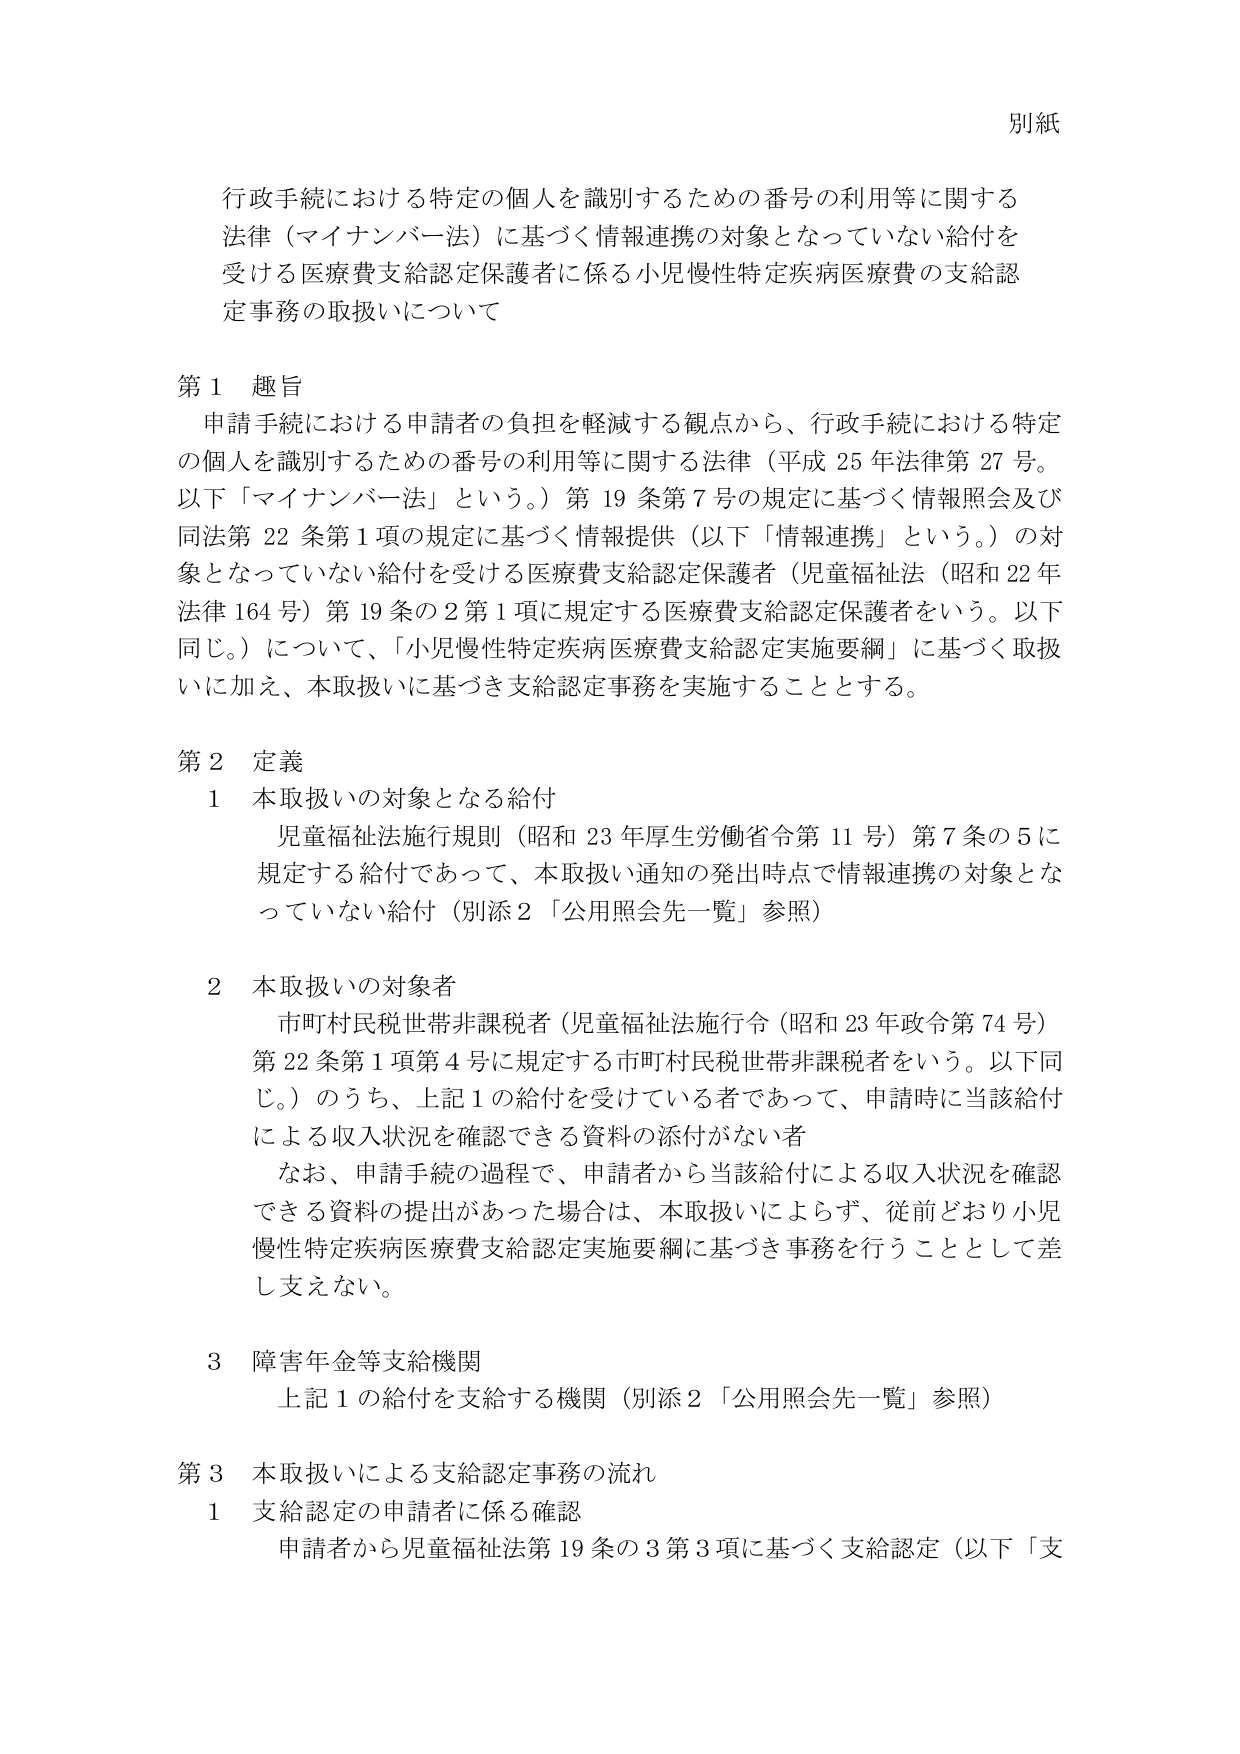
別紙

行政手続における特定の個人を識別するための番号の利用等に関する法律（マイナンバー法）に基づく情報連携の対象となっていない給付を受ける医療費支給認定保護者に係る小児慢性特定疾病医療費の支給認定事務の取扱いについて

第１ 趣旨
申請手続における申請者の負担を軽減する観点から、行政手続における特定の個人を識別するための番号の利用等に関する法律（平成25年法律第27号。以下「マイナンバー法」という。）第19条第7号の規定に基づく情報照会及び同法第22条第1項の規定に基づく情報提供（以下「情報連携」という。）の対象となっていない給付を受ける医療費支給認定保護者（児童福祉法（昭和22年法律164号）第19条の2第1項に規定する医療費支給認定保護者をいう。以下同じ。）について、「小児慢性特定疾病医療費支給認定実施要綱」に基づく取扱いに加え、本取扱いに基づき支給認定事務を実施することとする。

第２ 定義
１ 本取扱いの対象となる給付
児童福祉法施行規則（昭和23年厚生労働省令第11号）第7条の5に規定する給付であって、本取扱い通知の発出時点で情報連携の対象となっていない給付（別添2「公用照会先一覧」参照）

２ 本取扱いの対象者
市町村民税世帯非課税者（児童福祉法施行令（昭和23年政令第74号）第22条第1項第4号に規定する市町村民税世帯非課税者をいう。以下同じ。）のうち、上記1の給付を受けている者であって、申請時に当該給付による収入状況を確認できる資料の添付がない者
なお、申請手続の過程で、申請者から当該給付による収入状況を確認できる資料の提出があった場合は、本取扱いによらず、従前どおり小児慢性特定疾病医療費支給認定実施要綱に基づき事務を行うこととして差し支えない。

３ 障害年金等支給機関
上記1の給付を支給する機関（別添2「公用照会先一覧」参照）

第３ 本取扱いによる支給認定事務の流れ
１ 支給認定の申請者に係る確認
申請者から児童福祉法第19条の3第3項に基づく支給認定（以下「支